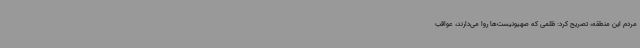
مردم این منطقه، تصریح کرد: ظلمی که صهیونیست‌ها روا می‌دارند، عواقب